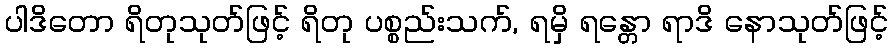
ပါဒိတော ရိတုသုတ်ဖြင့် ရိတု ပစ္စည်းသက်, ရမှိ ရန္တော ရာဒိ နောသုတ်ဖြင့်